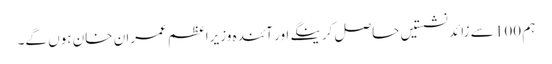
ہم 100 سے زائد نشستیں حاصل کرینگے اور آئندہ وزیراعظم عمران خان ہوں گے۔